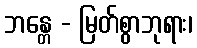
ဘန္တေ - မြတ်စွာဘုရား၊